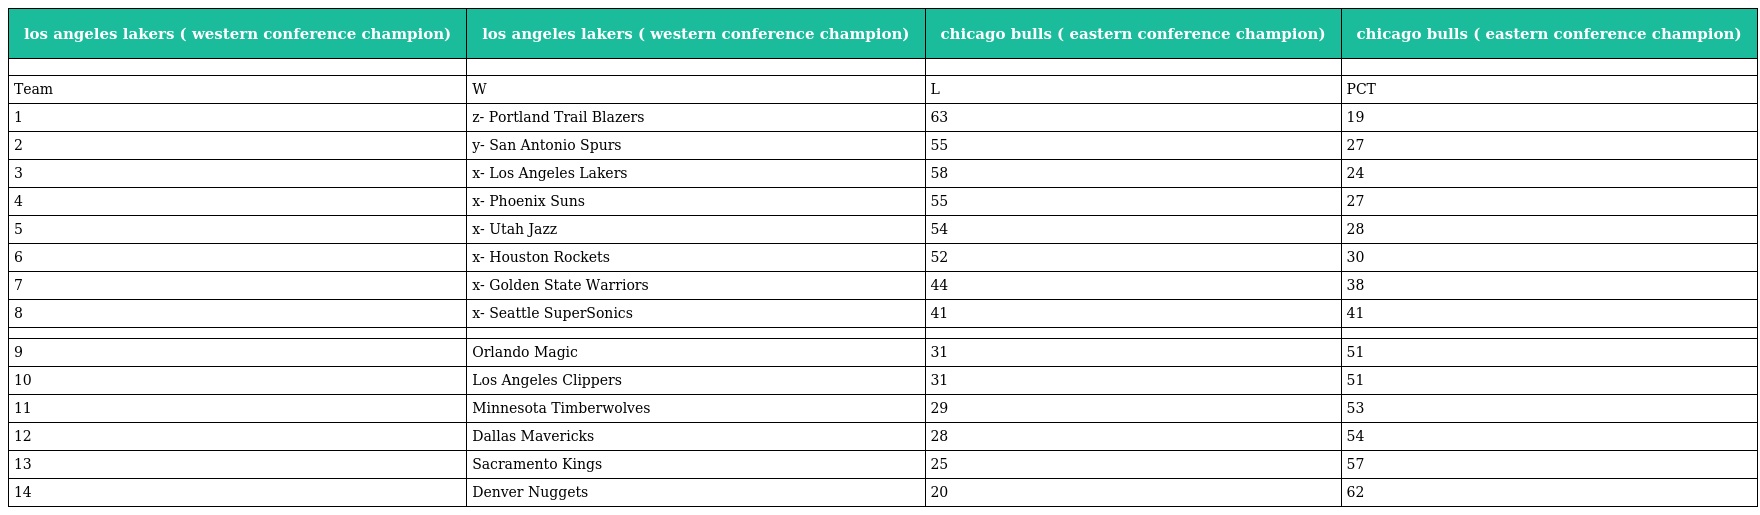
| los angeles lakers ( western conference champion) | los angeles lakers ( western conference champion) | chicago bulls ( eastern conference champion) | chicago bulls ( eastern conference champion) |
 | --- | --- | --- | --- |
 |  |  |  |  |
 | Team | W | L | PCT |
 | 1 | z- Portland Trail Blazers | 63 | 19 |
 | 2 | y- San Antonio Spurs | 55 | 27 |
 | 3 | x- Los Angeles Lakers | 58 | 24 |
 | 4 | x- Phoenix Suns | 55 | 27 |
 | 5 | x- Utah Jazz | 54 | 28 |
 | 6 | x- Houston Rockets | 52 | 30 |
 | 7 | x- Golden State Warriors | 44 | 38 |
 | 8 | x- Seattle SuperSonics | 41 | 41 |
 |  |  |  |  |
 | 9 | Orlando Magic | 31 | 51 |
 | 10 | Los Angeles Clippers | 31 | 51 |
 | 11 | Minnesota Timberwolves | 29 | 53 |
 | 12 | Dallas Mavericks | 28 | 54 |
 | 13 | Sacramento Kings | 25 | 57 |
 | 14 | Denver Nuggets | 20 | 62 |